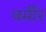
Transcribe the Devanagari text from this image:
वर्मीर